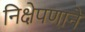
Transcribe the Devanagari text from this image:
निक्षेपणाने